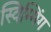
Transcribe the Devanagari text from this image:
स्विम्मिंग